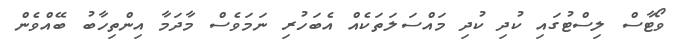
ވޯޓާސް ލިސްޓުގައި ކުދި ކުދި މައްސަލަތަކެއް އެބަހުރި ނަމަވެސް މާދަމާ އިންތިހާބު ބޭއްވެން